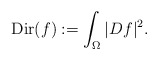
\begin{align*}\textup{Dir}(f) := \int_{\Omega} |Df|^2.\end{align*}